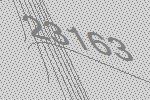
23163